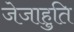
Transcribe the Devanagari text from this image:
जेजाहुति